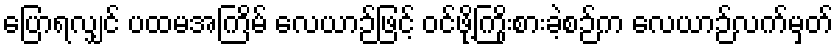
ပြောရလျှင် ပထမအကြိမ် လေယာဉ်ဖြင့် ဝင်ဖို့ကြိုးစားခဲ့စဉ်က လေယာဉ်လက်မှတ်